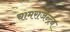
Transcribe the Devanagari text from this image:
चामराजेन्द्रन